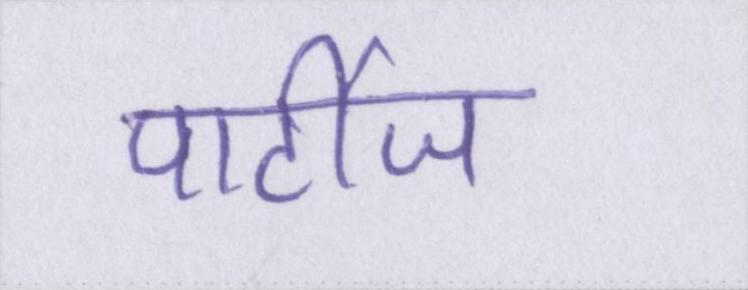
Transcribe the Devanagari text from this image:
पार्टीज